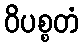
ဝိပစ္စတံ